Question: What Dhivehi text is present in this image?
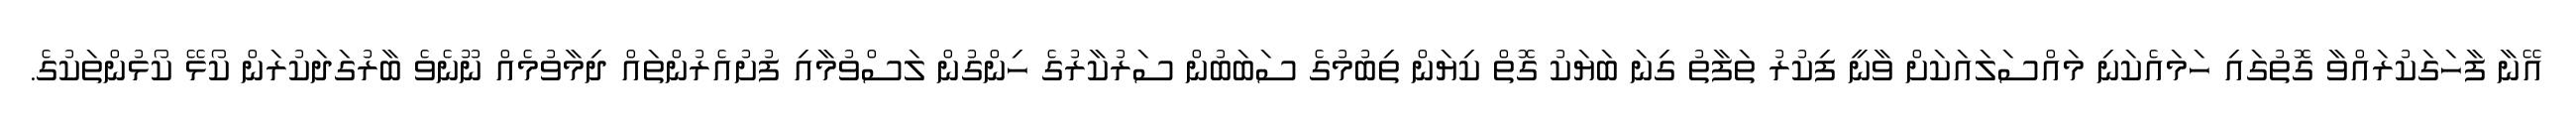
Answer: އޭނާ ފާހަގަކުރައްވާ ގޮތުގައި ހަމައެކަނި މައްސަލައަކަށް ވާނީ ފިކުރު ތަފާތު ގިނަ ބަޔަކު ގޮތް ކިޔަން ތިބުމުގެ ސަބަބުން ސަރުކާރުގެ ހިންގުން ލަސްވުމާއި ފުށުއެރުންތައް ދިމާވުމެއް ނޫނެވެ ބާރުގަދަކުރަން ކޯޅޭ ކޯޅުންތަކުގެ.